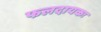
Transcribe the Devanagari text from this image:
फलदायकः